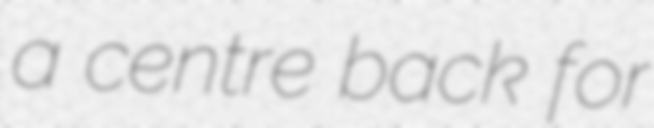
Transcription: a centre back for